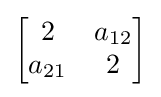
\left[{\begin{matrix}2&a_{12}\\a_{21}&2\end{matrix}}\right]